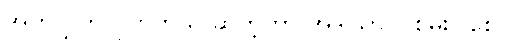
အတူလွှတ်လိုက်တယ် ဆိုတဲ့ဟာ အဲဒါသာ ပါစမ်းပါစေ။